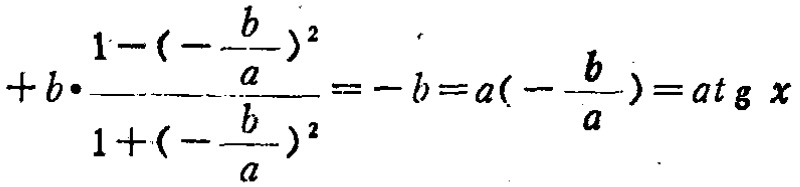
\[+b\cdot\frac{1 - (-\frac{b}{a})^2}{1 + (-\frac{b}{a})^2}=-b = a(-\frac{b}{a}) = a\mathrm{tg}\,x\]